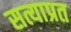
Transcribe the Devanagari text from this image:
सत्याप्रत